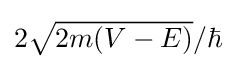
{\textstyle 2{\sqrt {2m(V-E)}}/\hbar }